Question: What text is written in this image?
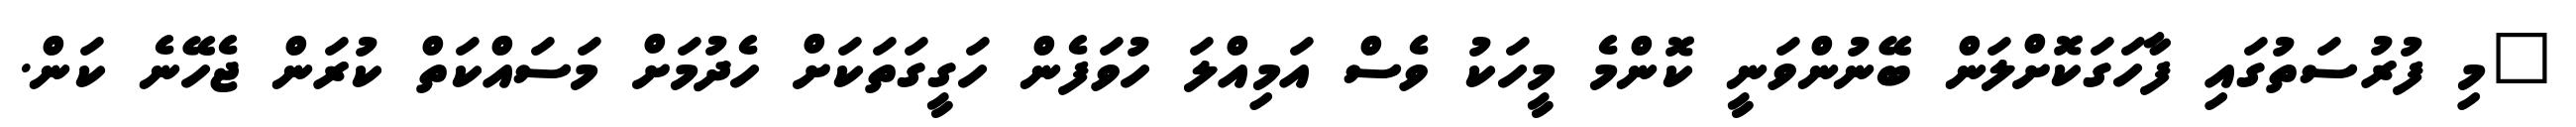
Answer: "މި ފުރުސަތުގައި ފާހަގަކޮށްލަން ބޭނުންވަނީ ކޮންމެ މީހަކު ވެސް އަމިއްލަ ހުވަފެން ހަގީގަތަކަށް ހެދުމަށް މަސައްކަތް ކުރަން ޖެހޭނެ ކަން.